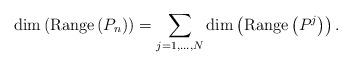
LaTeX: \begin{align*}\dim\left(\operatorname{Range}\left( P_n \right)\right)=\sum_{j=1,\dots,N}\dim\left(\operatorname{Range}\left( P^j \right)\right).\end{align*}